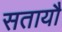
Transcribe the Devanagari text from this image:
सतायौ